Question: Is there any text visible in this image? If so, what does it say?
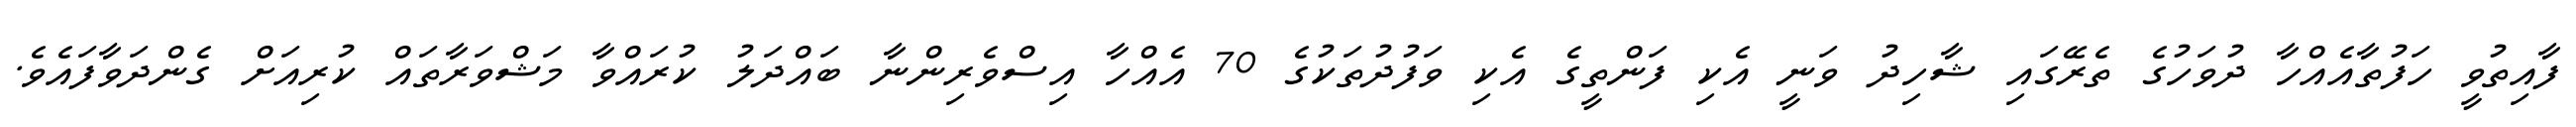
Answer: ފާއިތުވީ ހަފުތާއެއްހާ ދުވަހުގެ ތެރޭގައި ޝާހިދު ވަނީ އެކި ފަންތީގެ އެކި ވަފުދުތަކުގެ 70 އެއްހާ އިސްވެރިންނާ ބައްދަލު ކުރައްވާ މަޝްވަރާތައް ކުރިއަށް ގެންދަވާފައެވެ.